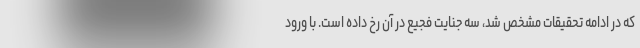
که در ادامه تحقیقات مشخص شد، سه جنایت فجیع در آن رخ داده است. با ورود